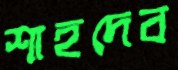
শাহদেব